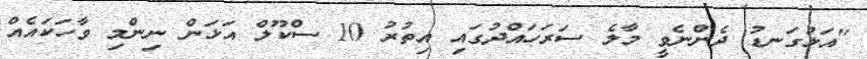
"އަޅުގަނޑު ދެންނެވީ މާލެ ސަރަހައްދުގައި އިތުރު 10 ސްކޫލް އަޅަން ނިންމި ވާހަކައެއް